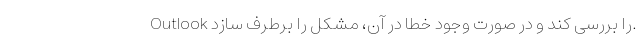
Outlook را بررسی کند و در صورت وجود خطا در آن، مشکل را برطرف سازد.